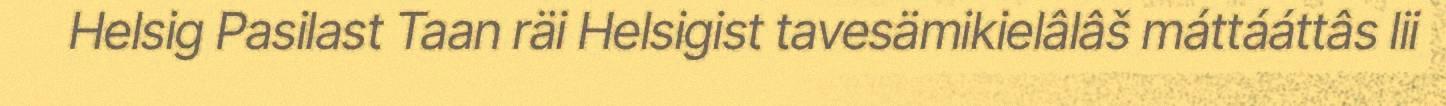
Helsig Pasilast Taan räi Helsigist tavesämikielâlâš máttááttâs lii